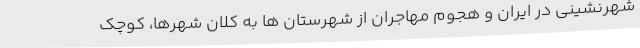
شهرنشینی در ایران و هجوم مهاجران از شهرستان ها به کلان شهرها، کوچک